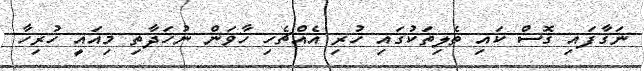
ނަގާފައި ގޮސް ކައި ތެލިތަކުގައި ހުރި އެއްޗެހި ހާވަން ނުހަދާތި މިއައީ ހުރިހާ